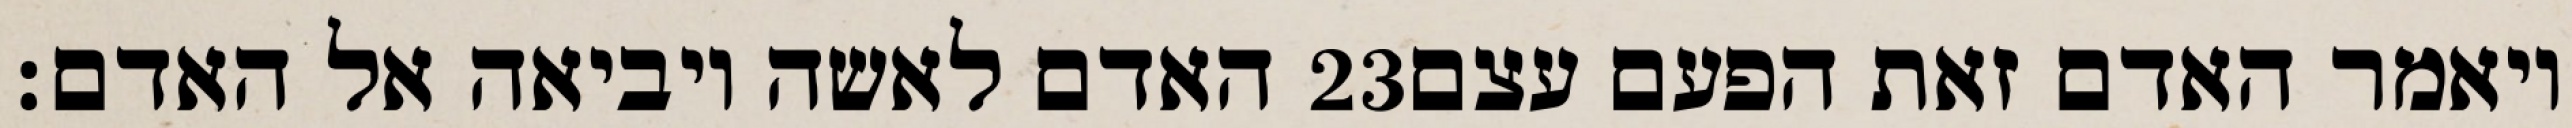
האדם לאשה ויביאה אל האדם׃ ‎23‏ ויאמר האדם זאת הפעם עצם